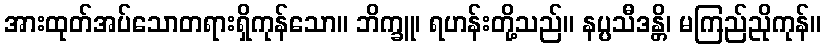
အားထုတ်အပ်သောတရားရှိကုန်သော။ ဘိက္ခူ၊ ရဟန်းတို့သည်။ နပ္ပသီဒန္တိ၊ မကြည်ညိုကုန်။